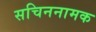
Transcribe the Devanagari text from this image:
सचिननामक